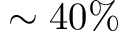
\sim 4 0 \%